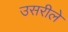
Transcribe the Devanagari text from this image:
उसरीले